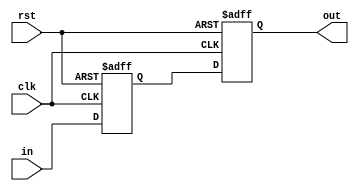
module sync2
(
    input      clk,
    input      rst,
    input      in,
    output reg out
);

    reg r;

    always @ (posedge clk or posedge rst)
        if (rst)
            { out, r } <= 0;
        else
            { out, r } <= { r, in };

endmodule